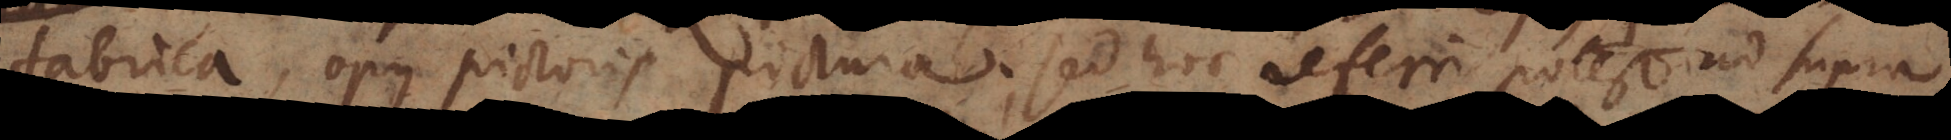
fabrica, opus pictoris pictura; sed hoc referri potest ad supra